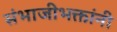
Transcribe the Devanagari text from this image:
संभाजीभक्तांनी